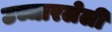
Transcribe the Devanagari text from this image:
उच्चारलेली